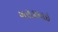
બરાકભાઇ